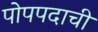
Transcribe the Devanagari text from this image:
पोपपदाची